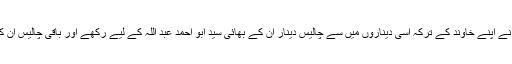
عمر رسیدہ پاکباز والدہ نے اپنے خاوند کے ترکہ اسّی دیناروں میں سے چالیس دینار ان کے بھائی سید ابو احمد عبد اللہ کے لیے رکھے اور باقی چالیس ان کی قمیص میں سی دیے۔